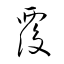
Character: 覆